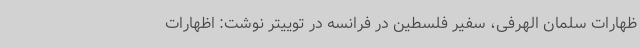
ظهارات سلمان الهرفی، سفیر فلسطین در فرانسه در توییتر نوشت: اظهارات